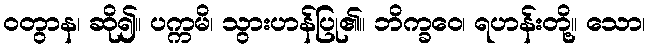
ဝတွာန၊ ဆို၍။ ပက္ကမိ၊ သွားဟန်ပြု၏။ ဘိက္ခဝေ၊ ရဟန်းတို့။ သော၊